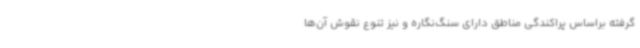
گرفته براساس پراکندگی مناطق دارای سنگ‌نگاره و نیز تنوع نقوش آن‌ها